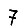
Digit: 7